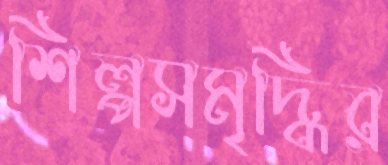
শিল্পসমৃদ্ধির